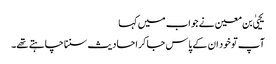
یحییٰ بن معین نے جواب میں کہا
آپ تو خود ان کے پاس جا کر احادیث سننا چاہتے تھے۔